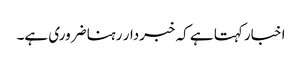
اخبار کہتا ہے کہ خبردار رہنا ضروری ہے۔